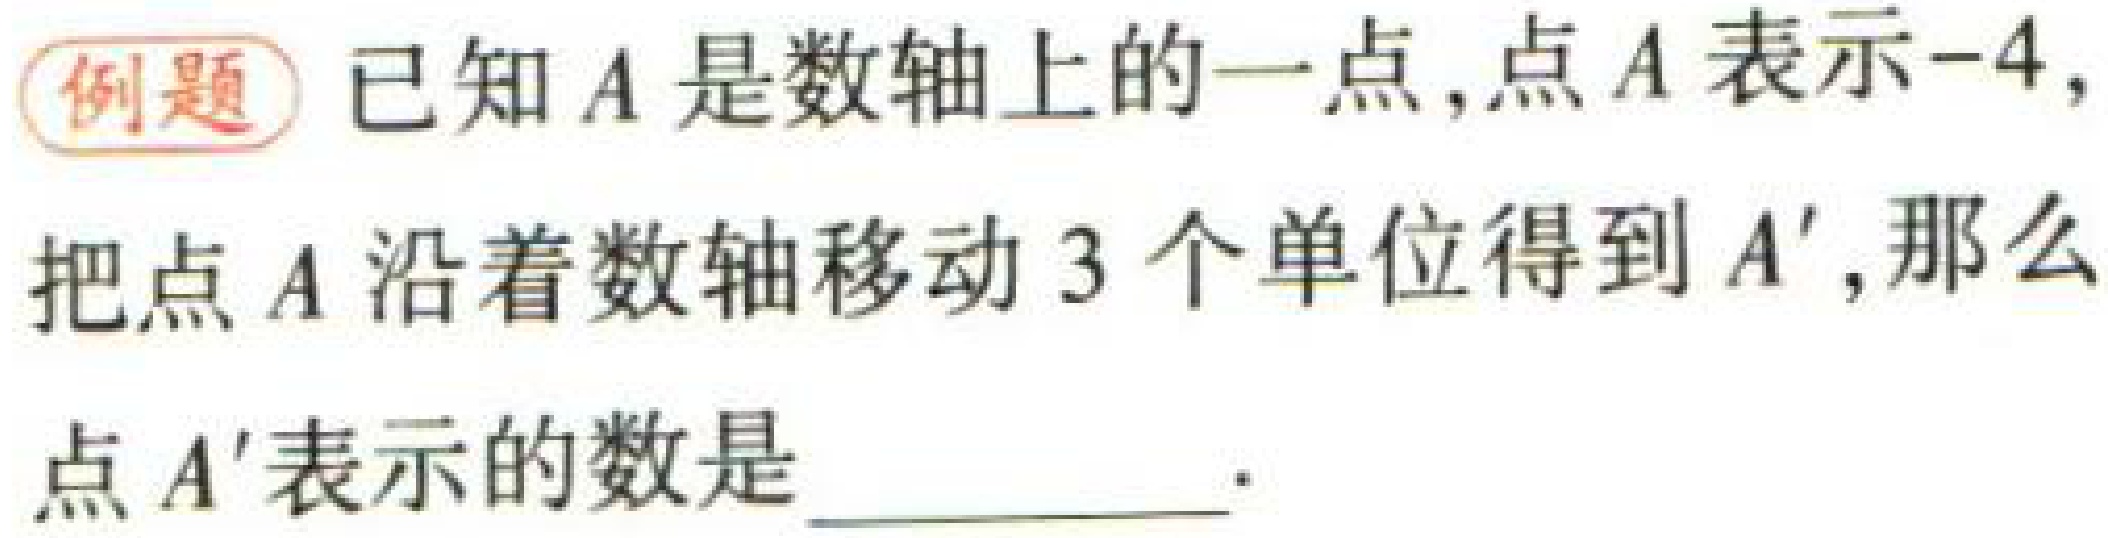
例题 已知\(A\)是数轴上的一点,点\(A\)表示\(-4\),把点\(A\)沿着数轴移动\(3\)个单位得到\(A'\),那么点\(A'\)表示的数是  .